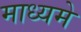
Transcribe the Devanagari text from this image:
माध्‍यमे